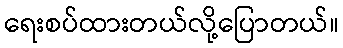
ရေးစပ်ထားတယ်လို့ပြောတယ်။